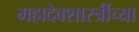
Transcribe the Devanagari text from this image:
महादेवशास्त्रींच्या